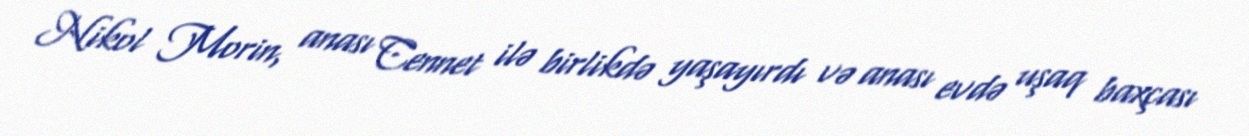
Nikol Morin, anası Cennet ilə birlikdə yaşayırdı və anası evdə uşaq baxçası